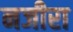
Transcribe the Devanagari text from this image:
नजीरा